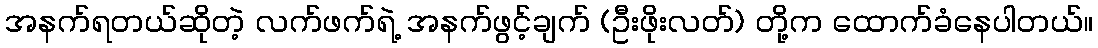
အနက်ရတယ်ဆိုတဲ့ လက်ဖက်ရဲ့ အနက်ဖွင့်ချက် (ဦးဖိုးလတ်) တို့က ထောက်ခံနေပါတယ်။